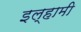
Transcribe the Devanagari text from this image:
इल्हामी